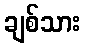
ချစ်သား